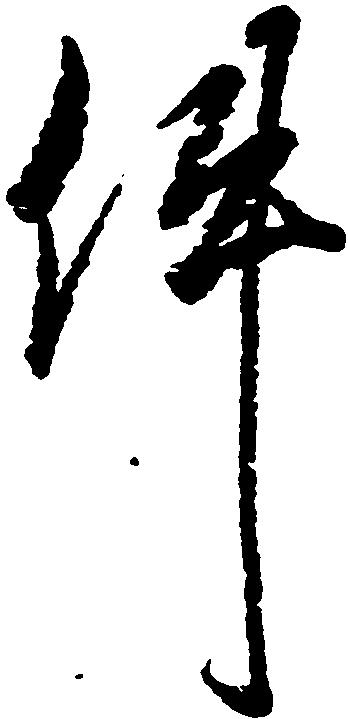
件